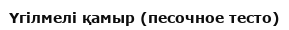
Үгілмелі қамыр (песочное тесто)